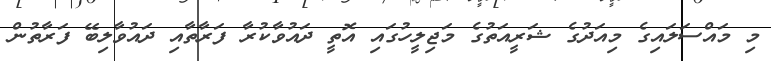
މި މައްސަލައިގެ މިއަދުގެ ޝަރީއަތުގެ މަޖިލީހުގައި އޮތީ ދައުވާކުރާ ފަރާތާއި ދައުވާލިބޭ ފަރާތުން